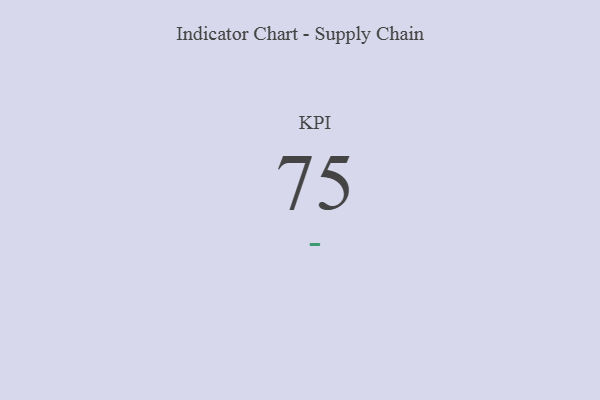
{"axis": {"x": "KPI", "y": "Value"}, "legend": [""], "data": [{"x": "KPI", "y": 75, "type": ""}]}